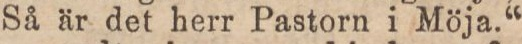
Så är det herr Pastorn i Möja.“